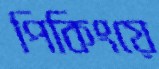
পিকিংয়ে